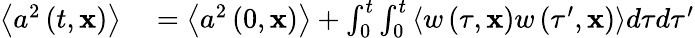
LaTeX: \begin{array}{rl}{\left\langle a^{2}\left(t,\mathbf{x}\right)\right\rangle}&{{}=\left\langle a^{2}\left(0,\mathbf{x}\right)\right\rangle+\int_{0}^{t}\int_{0}^{t}\left\langle w\left(\tau,\mathbf{x}\right)w\left(\tau^{\prime},\mathbf{x}\right)\right\rangle d\tau d\tau^{\prime}}\end{array}